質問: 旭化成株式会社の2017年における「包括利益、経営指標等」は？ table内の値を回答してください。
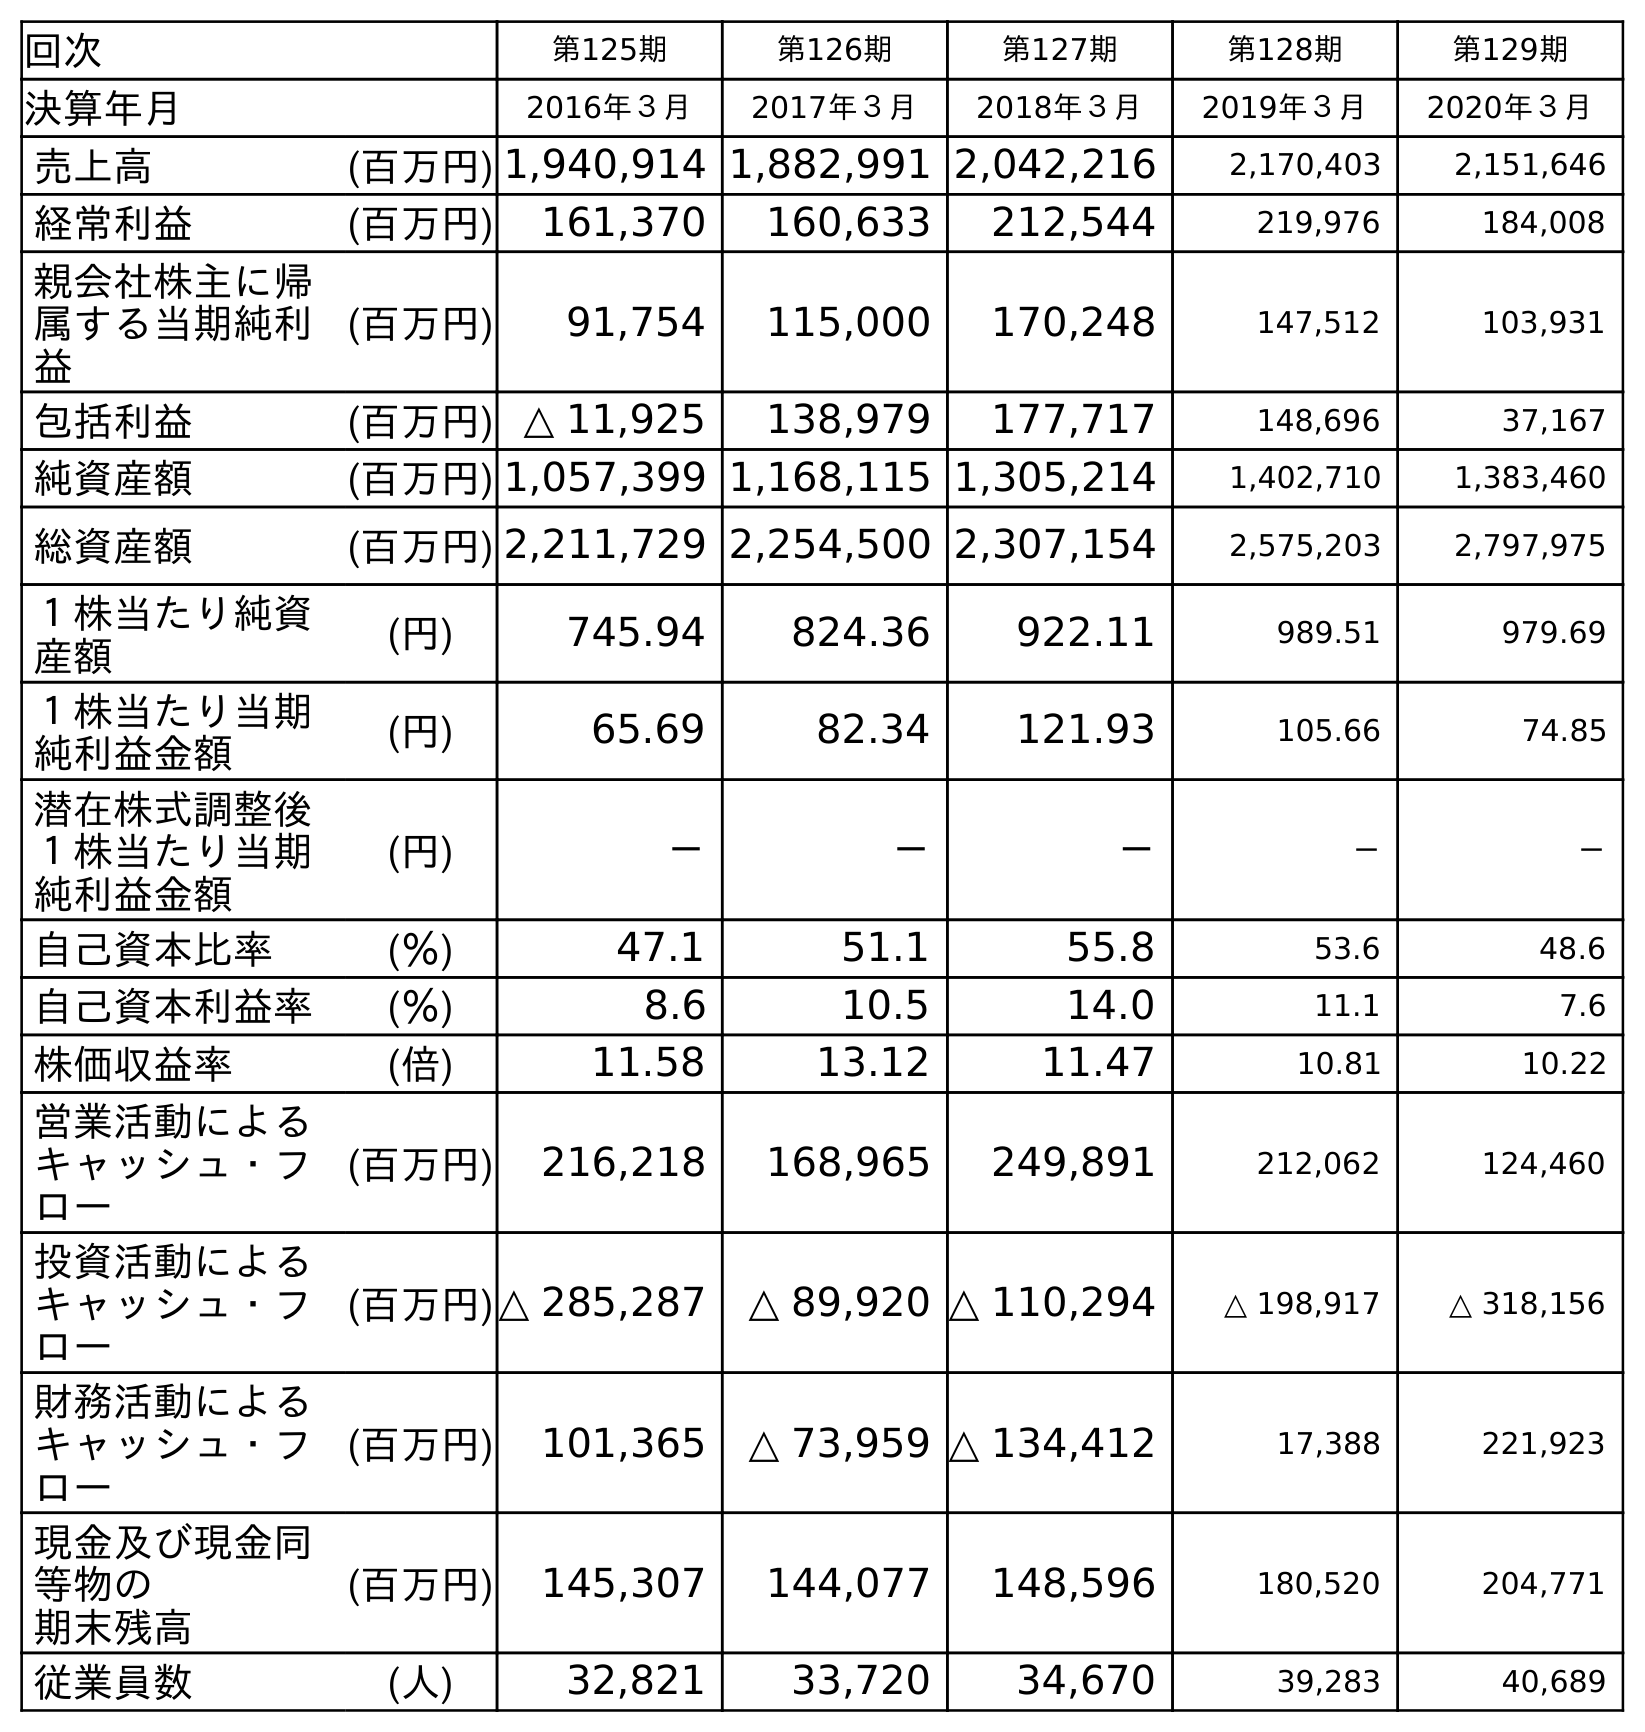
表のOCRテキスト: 回次 第125期 第126期 第127期 第128期 第129期 決算年月 2016年３月 2017年３月 2018年３月 2019年３月 2020年３月 売上高 (百万円) 1,940,914 1,882,991 2,042,216 2,170,403 2,151,646 経常利益 (百万円) 161,370 160,633 212,544 219,976 184,008 親会社株主に帰 属する当期純利 益 (百万円) 91,754 115,000 170,248 147,512 103,931 包括利益 (百万円) △ 11,925 138,979 177,717 148,696 37,167 純資産額 (百万円) 1,057,399 1,168,115 1,305,214 1,402,710 1,383,460 総資産額 (百万円) 2,211,729 2,254,500 2,307,154 2,575,203 2,797,975 １株当たり純資 産額 (円) 745.94 824.36 922.11 989.51 979.69 １株当たり当期 純利益金額 (円) 65.69 82.34 121.93 105.66 74.85 潜在株式調整後 １株当たり当期 純利益金額 (円) － － － － － 自己資本比率 (％) 47.1 51.1 55.8 53.6 48.6 自己資本利益率 (％) 8.6 10.5 14.0 11.1 7.6 株価収益率 (倍) 11.58 13.12 11.47 10.81 10.22 営業活動による キャッシュ・フ ロー (百万円) 216,218 168,965 249,891 212,062 124,460 投資活動による キャッシュ・フ ロー (百万円)△ 285,287 △ 89,920 △ 110,294 △ 198,917 △ 318,156 財務活動による キャッシュ・フ ロー (百万円) 101,365 △ 73,959 △ 134,412 17,388 221,923 現金及び現金同 等物の 期末残高 (百万円) 145,307 144,077 148,596 180,520 204,771 従業員数 (人) 32,821 33,720 34,670 39,283 40,689
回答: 138,979